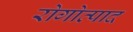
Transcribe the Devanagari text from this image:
रोगोत्पाद